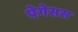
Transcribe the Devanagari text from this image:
पेगेसस